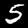
Digit: 5